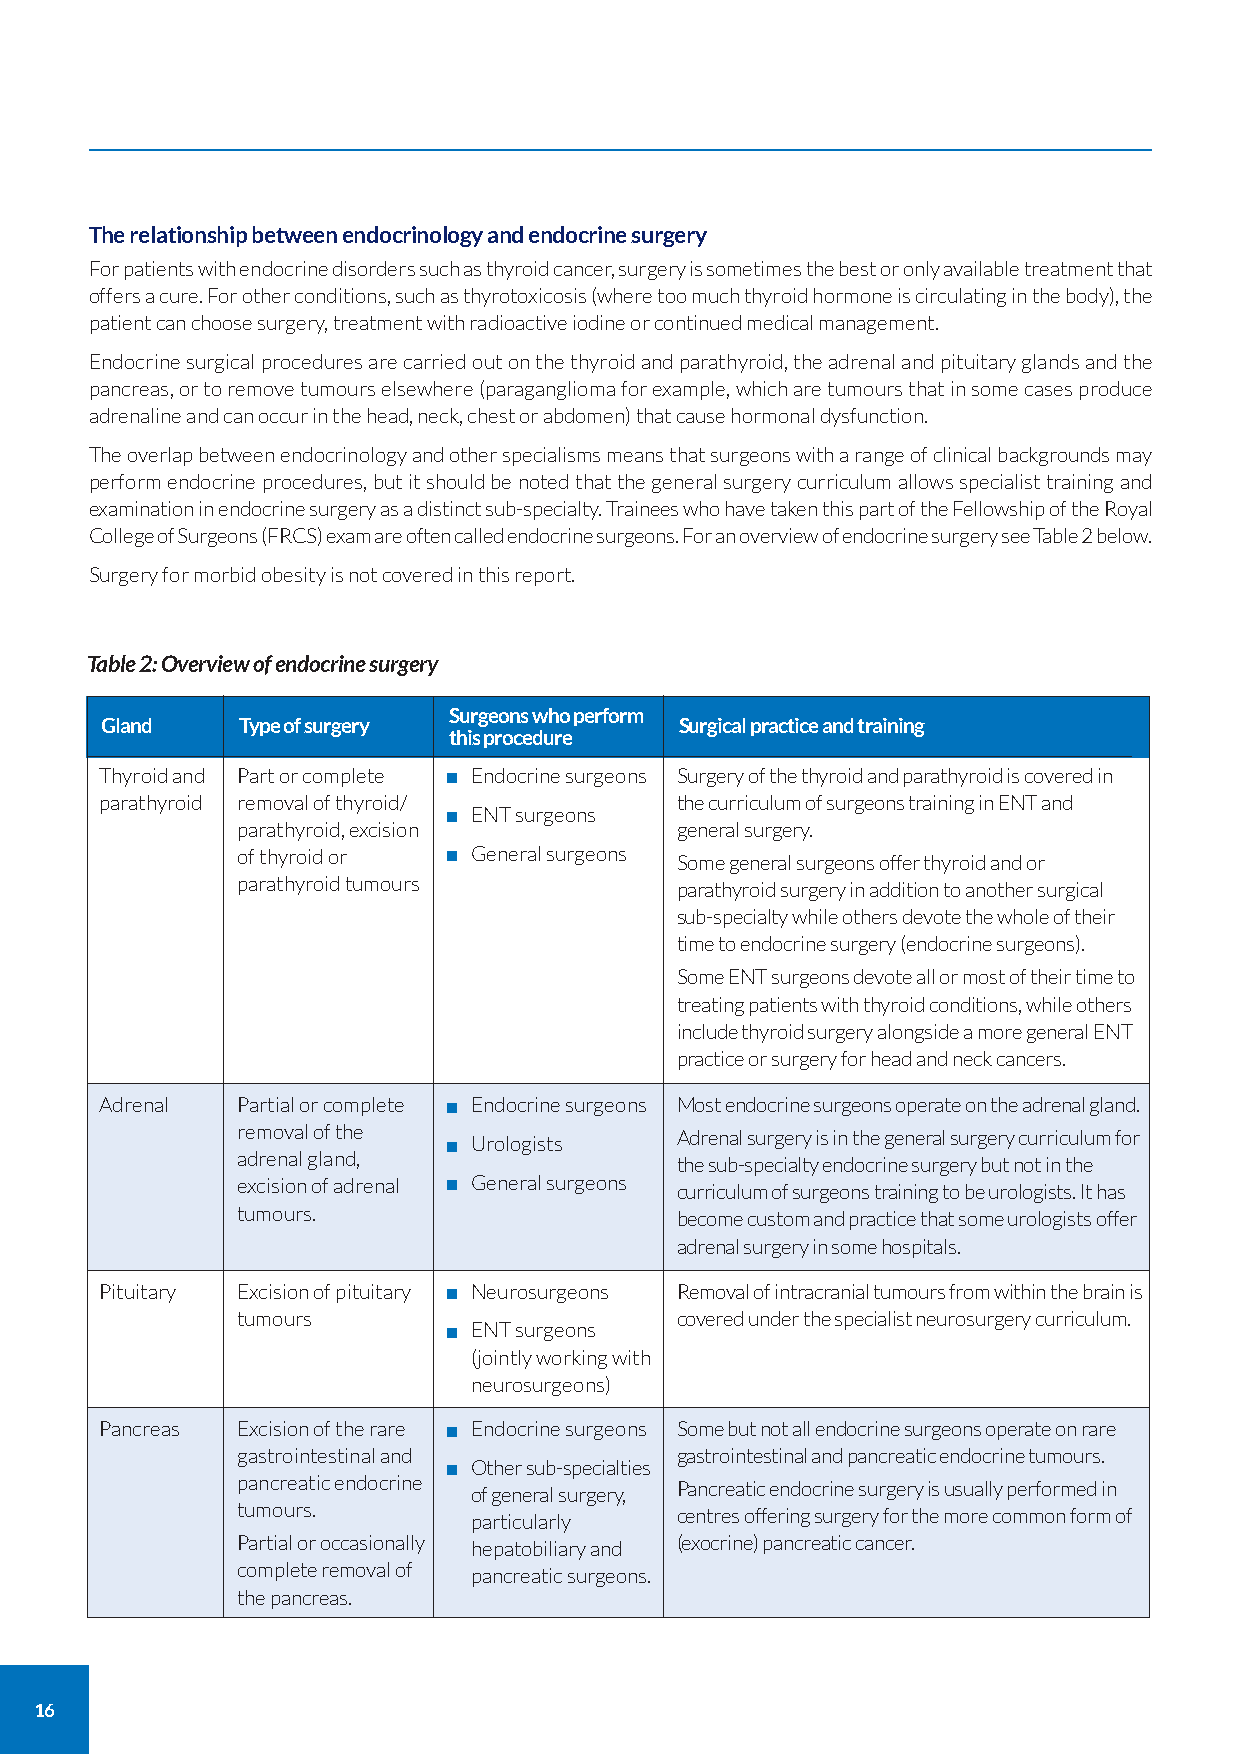
The relationship between endocrinology and endocrine surgery
 For patients with endocrine disorders such as thyroid cancer, surgery is sometimes the best or only available treatment that
 offers a cure. For other conditions, such as thyrotoxicosis (where too much thyroid hormone is circulating in the body), the
 patient can choose surgery, treatment with radioactive iodine or continued medical management.
 Endocrine surgical procedures are carried out on the thyroid and parathyroid, the adrenal and pituitary glands and the
 pancreas, or to remove tumours elsewhere (paraganglioma for example, which are tumours that in some cases produce
 adrenaline and can occur in the head, neck, chest or abdomen) that cause hormonal dysfunction.
 The overlap between endocrinology and other specialisms means that surgeons with a range of clinical backgrounds may
 perform endocrine procedures, but it should be noted that the general surgery curriculum allows specialist training and
 examination in endocrine surgery as a distinct sub-specialty. Trainees who have taken this part of the Fellowship of the Royal
 College of Surgeons (FRCS) exam are often called endocrine surgeons. For an overview of endocrine surgery see Table 2 below.
 Surgery for morbid obesity is not covered in this report.
 Table 2: Overview of endocrine surgery
 Surgeons who perform
 Gland    Type of surgery              Surgical practice and training
 this procedure
 Thyroid and Part or complete Endocrine surgeons Surgery of the thyroid and parathyroid is covered in
 parathyroid removal of thyroid/       the curriculum of surgeons training in ENT and
 ENT surgeons
 parathyroid, excision        general surgery.
 of thyroid or  General surgeons Some general surgeons offer thyroid and or
 parathyroid tumours          parathyroid surgery in addition to another surgical
 sub-specialty while others devote the whole of their
 time to endocrine surgery (endocrine surgeons).
 Some ENT surgeons devote all or most of their time to
 treating patients with thyroid conditions, while others
 include thyroid surgery alongside a more general ENT
 practice or surgery for head and neck cancers.
 Adrenal  Partial or complete Endocrine surgeons Most endocrine surgeons operate on the adrenal gland.
 removal of the Urologists    Adrenal surgery is in the general surgery curriculum for
 adrenal gland,               the sub-specialty endocrine surgery but not in the
 excision of adrenal General surgeons curriculum of surgeons training to be urologists. It has
 tumours.                     become custom and practice that some urologists offer
 adrenal surgery in some hospitals.
 Pituitary Excision of pituitary Neurosurgeons Removal of intracranial tumours from within the brain is
 tumours                      covered under the specialist neurosurgery curriculum.
 ENT surgeons
 (jointly working with
 neurosurgeons)
 Pancreas Excision of the rare Endocrine surgeons Some but not all endocrine surgeons operate on rare
 gastrointestinal and         gastrointestinal and pancreatic endocrine tumours.
 Other sub-specialties
 pancreatic endocrine of general surgery, Pancreatic endocrine surgery is usually performed in
 tumours.       particularly  centres offering surgery for the more common form of
 Partial or occasionally hepatobiliary and (exocrine) pancreatic cancer.
 complete removal of pancreatic surgeons.
 the pancreas.
 16